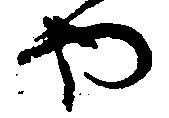
や